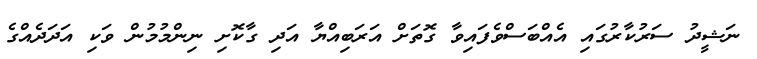
ނަޝީދު ސަރުކާރުގައި އެއްބަސްވެފައިވާ ގޮތަށް އަރަބިއްޔާ އަދި ގާކޮށި ނިންމުމުން ވަކި އަދަދެއްގެ